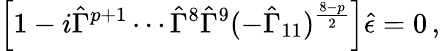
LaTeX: \left[1-i\hat{\Gamma}^{p+1}\cdots\hat{\Gamma}^{8}\hat{\Gamma}^{9}(-\hat{\Gamma}_{11})^{\frac{8-p}{2}}\right]\hat{\epsilon}=0\, ,